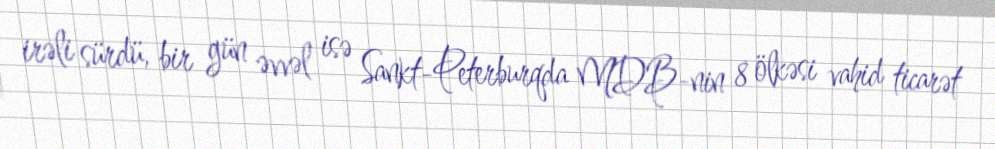
irəli sürdü, bir gün əvvəl isə Sankt-Peterburqda MDB-nin 8 ölkəsi vahid ticarət